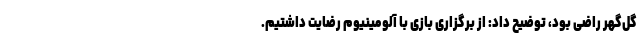
گل‌گهر راضی بود، توضیح داد: از برگزاری بازی با آلومینیوم رضایت داشتیم.